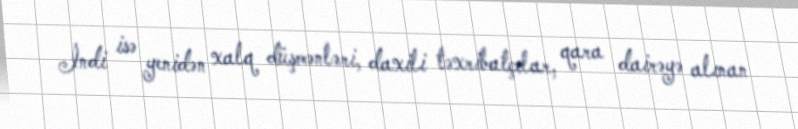
İndi isə yenidən xalq düşmənləri, daxili təxribatçılar, qara dairəyə alınan